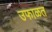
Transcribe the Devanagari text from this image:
उफाळत